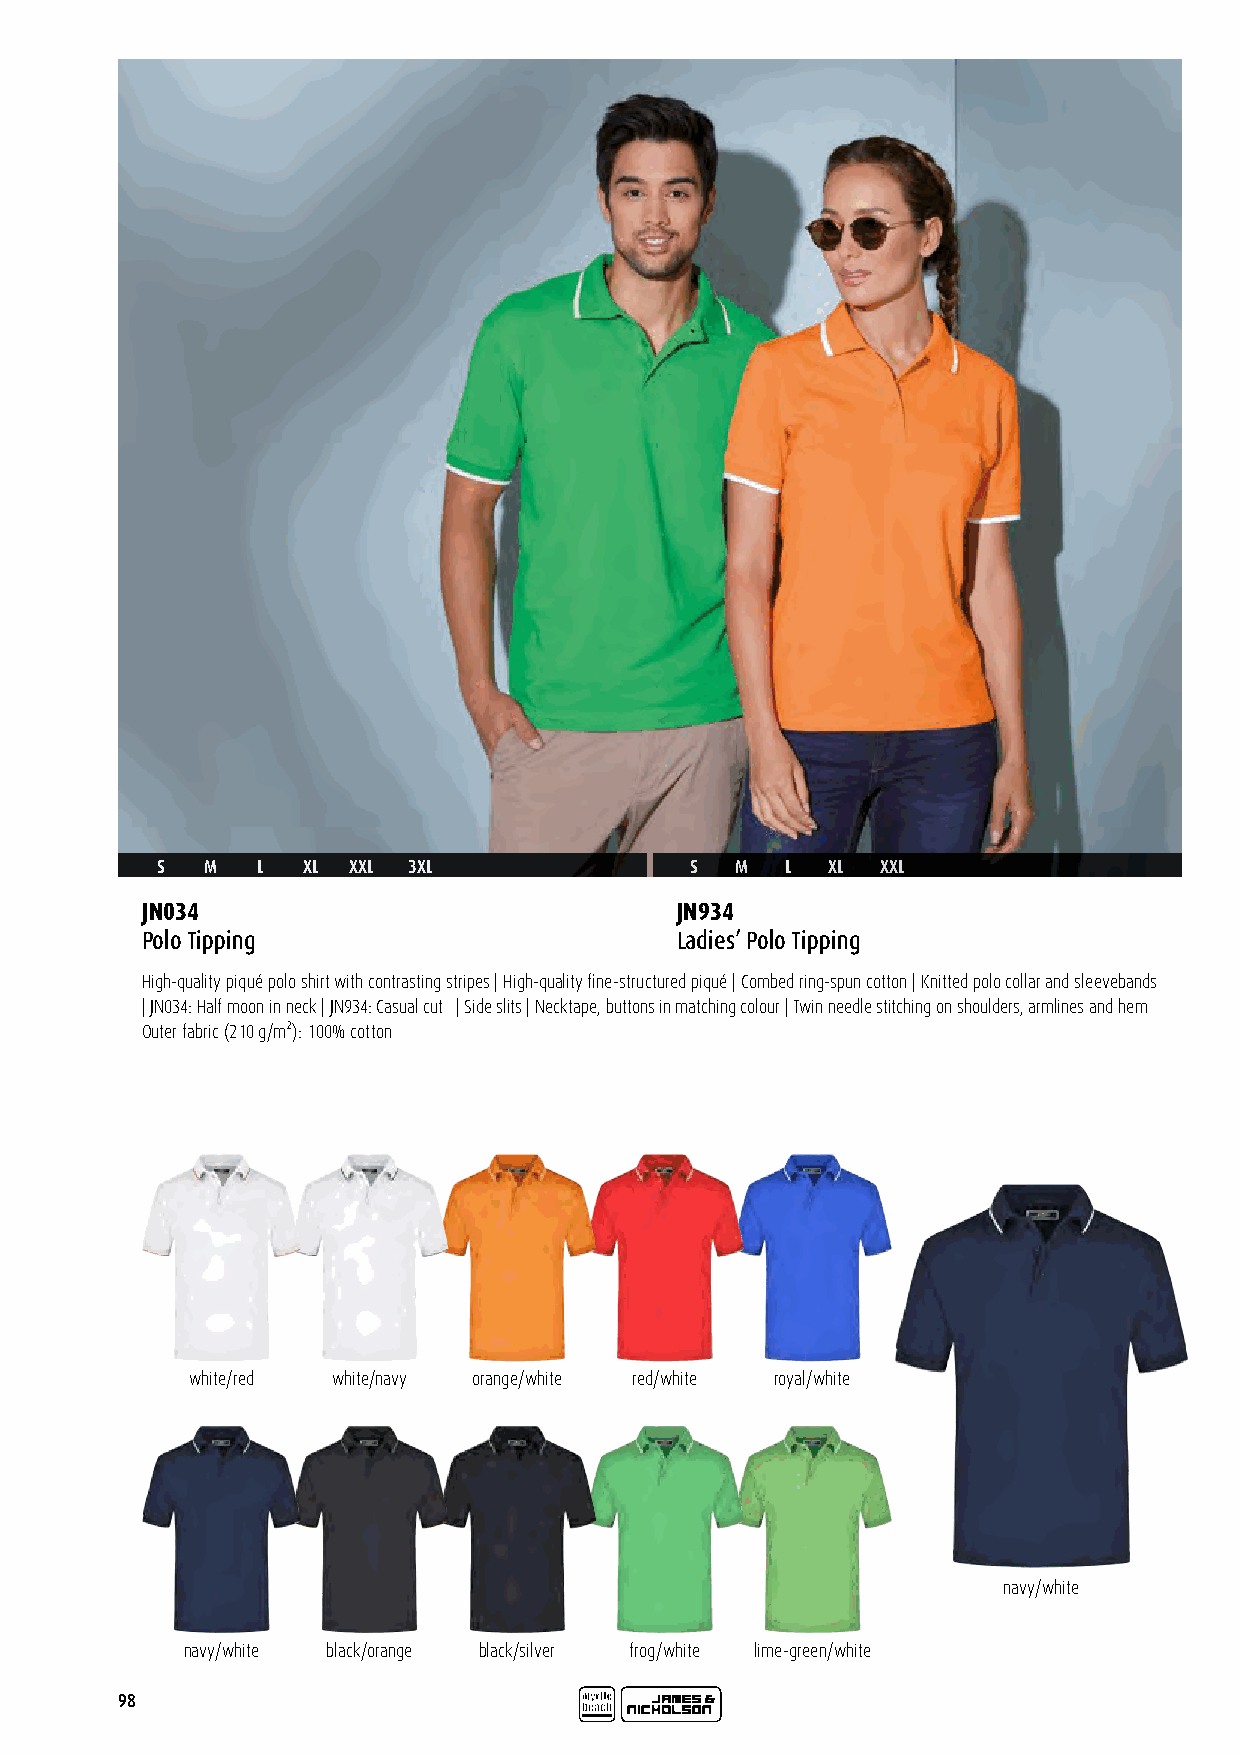
S   M  L  XL XXL 3XL                S  M  L  XL XXL
 JN034                               JN934
 Polo Tipping                        Ladies’ Polo Tipping
 High-quality piqué polo shirt with contrasting stripes | High-quality fine-structured piqué | Combed ring-spun cotton | Knitted polo collar and sleevebands
 | JN034: Half moon in neck | JN934: Casual cut | Side slits | Necktape, buttons in matching colour | Twin needle stitching on shoulders, armlines and hem
 Outer fabric (210 g/m²): 100% cotton
 white/red white/navy orange/white red/white royal/white
 navy/white
 navy/white black/orange black/silver frog/white lime-green/white
 98